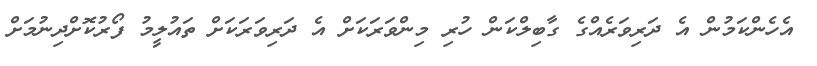
އެހެންކަމުން އެ ދަރިވަރެއްގެ ގާބިލްކަން ހުރި މިންވަރަކަށް އެ ދަރިވަރަކަށް ތައުލީމު ފޯރުކޮށްދިނުމަށް